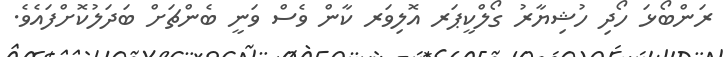
ރަންބޯޅަ ހޯދި ހުޝިޔާރު ގޯލްކީޕަރ އޮލިވަރ ކާން ވެސް ވަނީ ބެންޗަށް ބަދަލުކޮށްފައެވެ.